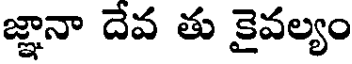
జ్ఞానా దేవ తు కైవల్యం